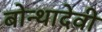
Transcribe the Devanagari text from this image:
बोन्थादेवी